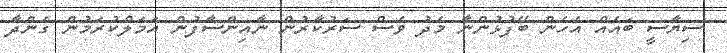
ސިޔާސީ ބައެއް އެހެން ބޭފުޅުންނާ މެދު ވެސް ސަރުކާރުން ނާއިންސާފުން އަމަލްކުރަމުން ގެންދާ